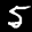
Label: 5